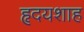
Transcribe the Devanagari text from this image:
हृदयशाह